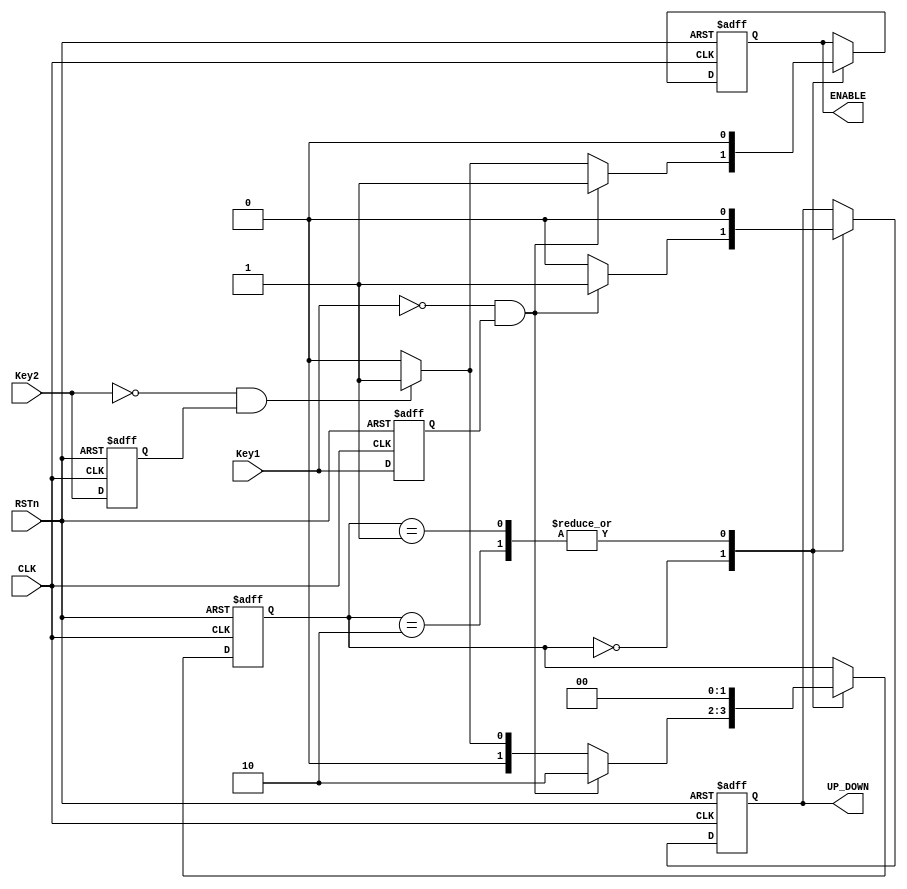
/**
 * Mdulo de control para un contador. Cuando se pulse KEY2 el contador se incrementar, y
 * cuando se pulse KEY1, se decrementar. El contador es del tipo contador.v, as que las
 * salidas de este mdulo ENABLE y UP_DOWN se conectan a las entradas homnimas del contador,
 * lo que debera ser suficiente para manejar su correcto funcionamiento.
 */

module FSM_speed(
    // Declaracin de Entradas -->
    input CLK, RSTn, Key1, Key2,
    
    // Declaracin de Salidas -->
    output reg ENABLE, UP_DOWN
);

// Declaramos el registro de estado
reg [1:0] state;

// Guardamos el estado anterior, para asegurarnos que si se mantienen pulsados los
// pulsadores slo se manda un pulso por la salida
reg Key1_prev, Key2_prev;

// Declaramos el valor de los estados
localparam STATE_IDLE = 2'd0, STATE_INCR = 2'd1, STATE_DECR = 2'd2;

/**
 * Copia next_state a state al ritmo del reloj. Tambin reinicia al estado S01 si se pulsa
 * el botn de RESET.
 */
always @(posedge CLK or negedge RSTn) begin
    if(!RSTn) begin
        state <= STATE_IDLE;
        ENABLE <= 0;
        UP_DOWN <= 0;
        Key1_prev <= 1;
        Key2_prev <= 1;
    end
    else begin
        case (state)
        STATE_IDLE: begin
            // Key1 decrementa
            if (!Key1 && Key1_prev) begin
                state <= STATE_DECR;
                ENABLE <= 1;
                UP_DOWN <= 1;
            end
            // Key2 incrementa
            else if (!Key2 && Key2_prev) begin
                state <= STATE_INCR;
                ENABLE <= 1;
                UP_DOWN <= 0;
            end
            else begin
                state <= STATE_IDLE;
                ENABLE <= 0;
                UP_DOWN <= 0; // Realmente da igual
            end
        end
        // Cuando se llegue al estado de incremento o decremento, reiniciamos al estado IDLE
        STATE_INCR, STATE_DECR: begin
            state <= STATE_IDLE;
            ENABLE <= 0;
            UP_DOWN <= 0; // Realmente da igual
        end
        endcase
        
        Key1_prev <= Key1;
        Key2_prev <= Key2;
    end
end


endmodule